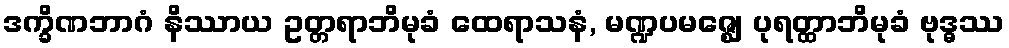
ဒက္ခိဏဘာဂံ နိဿာယ ဥတ္တရာဘိမုခံ ထေရာသနံ, မဏ္ဍပမဇ္ဈေ ပုရတ္ထာဘိမုခံ ဗုဒ္ဓဿ